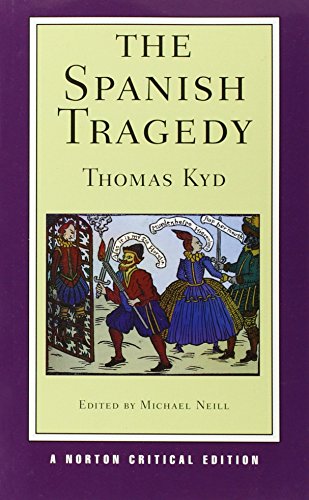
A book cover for The Spanish Tragedy (Norton Critical Editions); Thomas Kyd; Literature & Fiction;